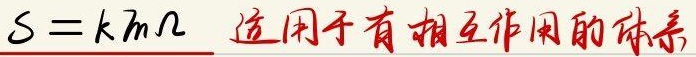
\(S = k \ln \Omega\) 适用于有相互作用的体系